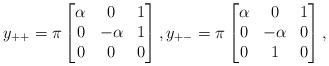
LaTeX: \begin{align*}y_{++}=\pi\begin{bmatrix}\alpha&0&1\\0 & - \alpha&1\\ 0&0& 0\end{bmatrix},y_{+-}=\pi\begin{bmatrix}\alpha&0&1\\0 & - \alpha&0\\ 0&1& 0\end{bmatrix},\end{align*}